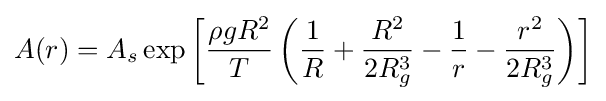
A(r)=A_{s}\exp \left[{\frac {\rho gR^{2}}{T}}\left({\frac {1}{R}}+{\frac {R^{2}}{2R_{g}^{3}}}-{\frac {1}{r}}-{\frac {r^{2}}{2R_{g}^{3}}}\right)\right]